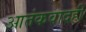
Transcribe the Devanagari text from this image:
आतंकवादही